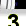
Digit: 3